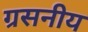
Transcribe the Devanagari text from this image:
ग्रसनीय